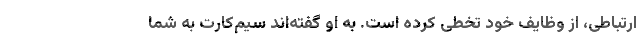
ارتباطی، از وظایف خود تخطی کرده است. به او گفته‌اند سیم‌کارت به شما